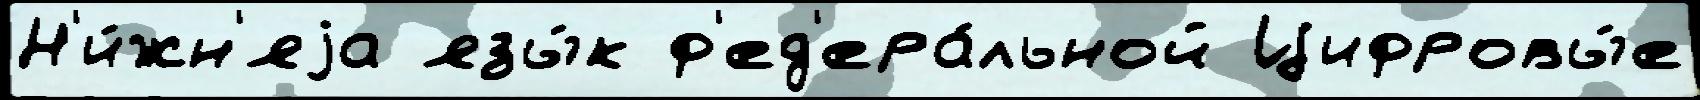
Н'и́жн'яjа язы́к ф'ед'ера́льной Цифровы́е